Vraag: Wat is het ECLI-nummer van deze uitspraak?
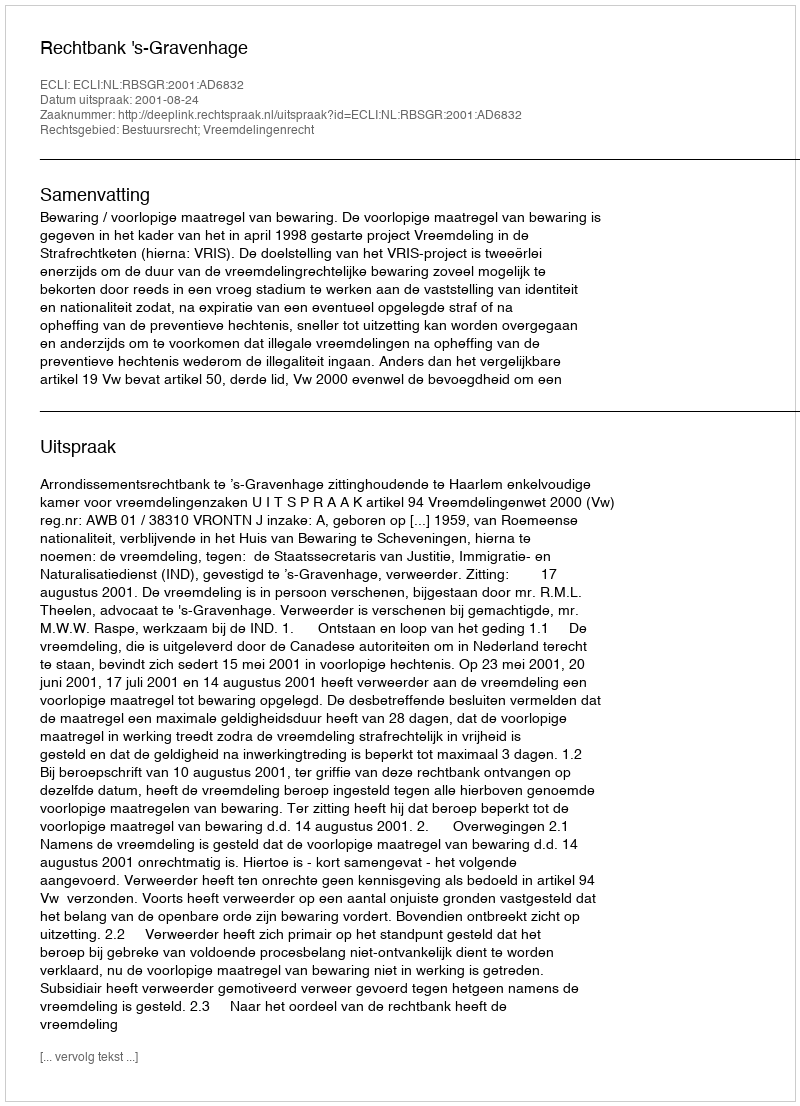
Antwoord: ECLI:NL:RBSGR:2001:AD6832